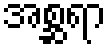
အစ္ဆရာ